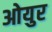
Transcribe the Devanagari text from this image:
ओयुर